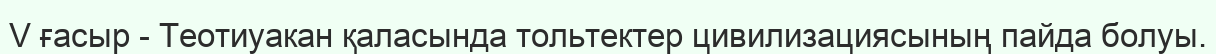
V ғасыр - Теотиуакан қаласында тольтектер цивилизациясының пайда болуы.